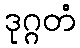
ဒုဂ္ဂတံ